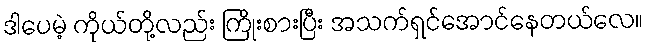
ဒါပေမဲ့ ကိုယ်တို့လည်း ကြိုးစားပြီး အသက်ရှင်အောင်နေတယ်လေ။